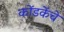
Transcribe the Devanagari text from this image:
कोंडकेंचे